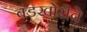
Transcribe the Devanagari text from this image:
बंडखोरीचे